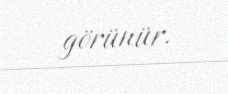
görünür.